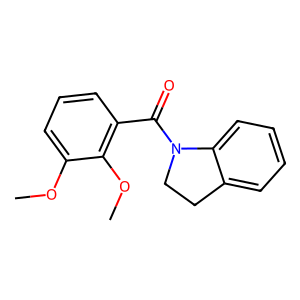
SMILES: COc1cccc(C(=O)N2CCc3ccccc32)c1OC
Inhibits HIV replication: No